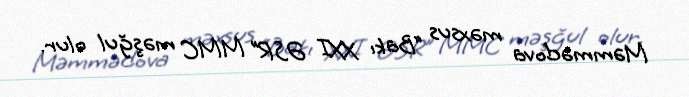
Məmmədova məxsus “Bakı XXI ƏSR” MMC məşğul olur.